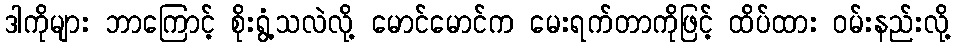
ဒါကိုများ ဘာကြောင့် စိုးရွံ့သလဲလို့ မောင်မောင်က မေးရက်တာကိုဖြင့် ထိပ်ထား ဝမ်းနည်းလို့